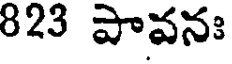
823 పావనః